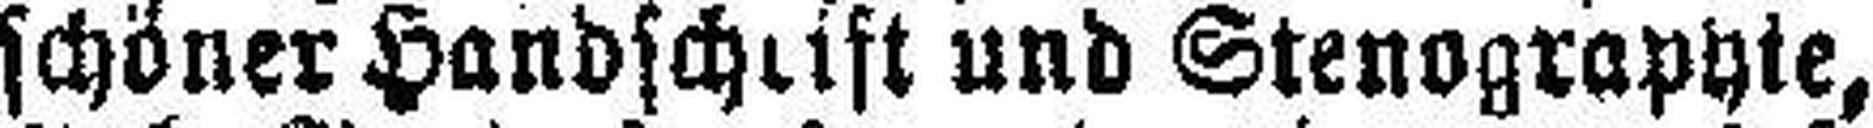
schöner Handschrift und Stenographie,